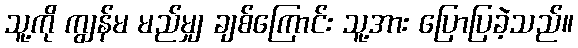
သူ့ကို ကျွန်မ မည်မျှ ချစ်ကြောင်း သူ့အား ပြောပြခဲ့သည်။